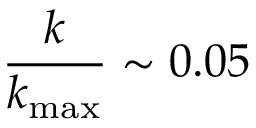
\frac { k } { k _ { \operatorname* { m a x } } } \sim 0 . 0 5